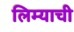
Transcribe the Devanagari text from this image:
लिम्याची